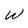
Character: W